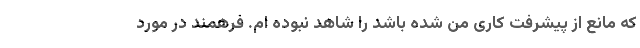
که مانع از پیشرفت کاری من شده باشد را شاهد نبوده ام. فرهمند در مورد